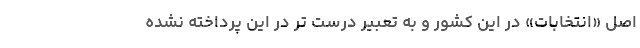
اصل «انتخابات» در این کشور و به تعبیر درست تر در این پرداخته نشده